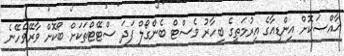
ޚާއްސަކޮށް އިންޑިއާގެ އިރުމަތީގެ ބިހާރު ވެސްޓް ބެންގޯލް ފަދަ ސްޓޭޓްތަކަށް ބޯކޮށް ވާރޭވެހޭނެ